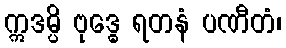
ဣဒမ္ပိ ဗုဒ္ဓေ ရတနံ ပဏီတံ၊